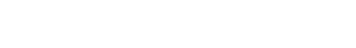
တောင့်တခြင်းတဏှာကင်းသည်ဖြစ်၍။ နိလ္လောဘပါပေါ၊